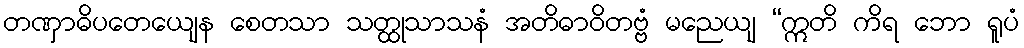
တဏှာဓိပတေယျေန စေတသာ သတ္ထုသာသနံ အတိဓာဝိတဗ္ဗံ မညေယျ “ဣတိ ကိရ ဘော ရူပံ